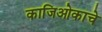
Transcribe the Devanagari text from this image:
काजिओकाचे